65_HS1-834228961_62-HQ-83894_Section_9
Agency: FBI
Page 42
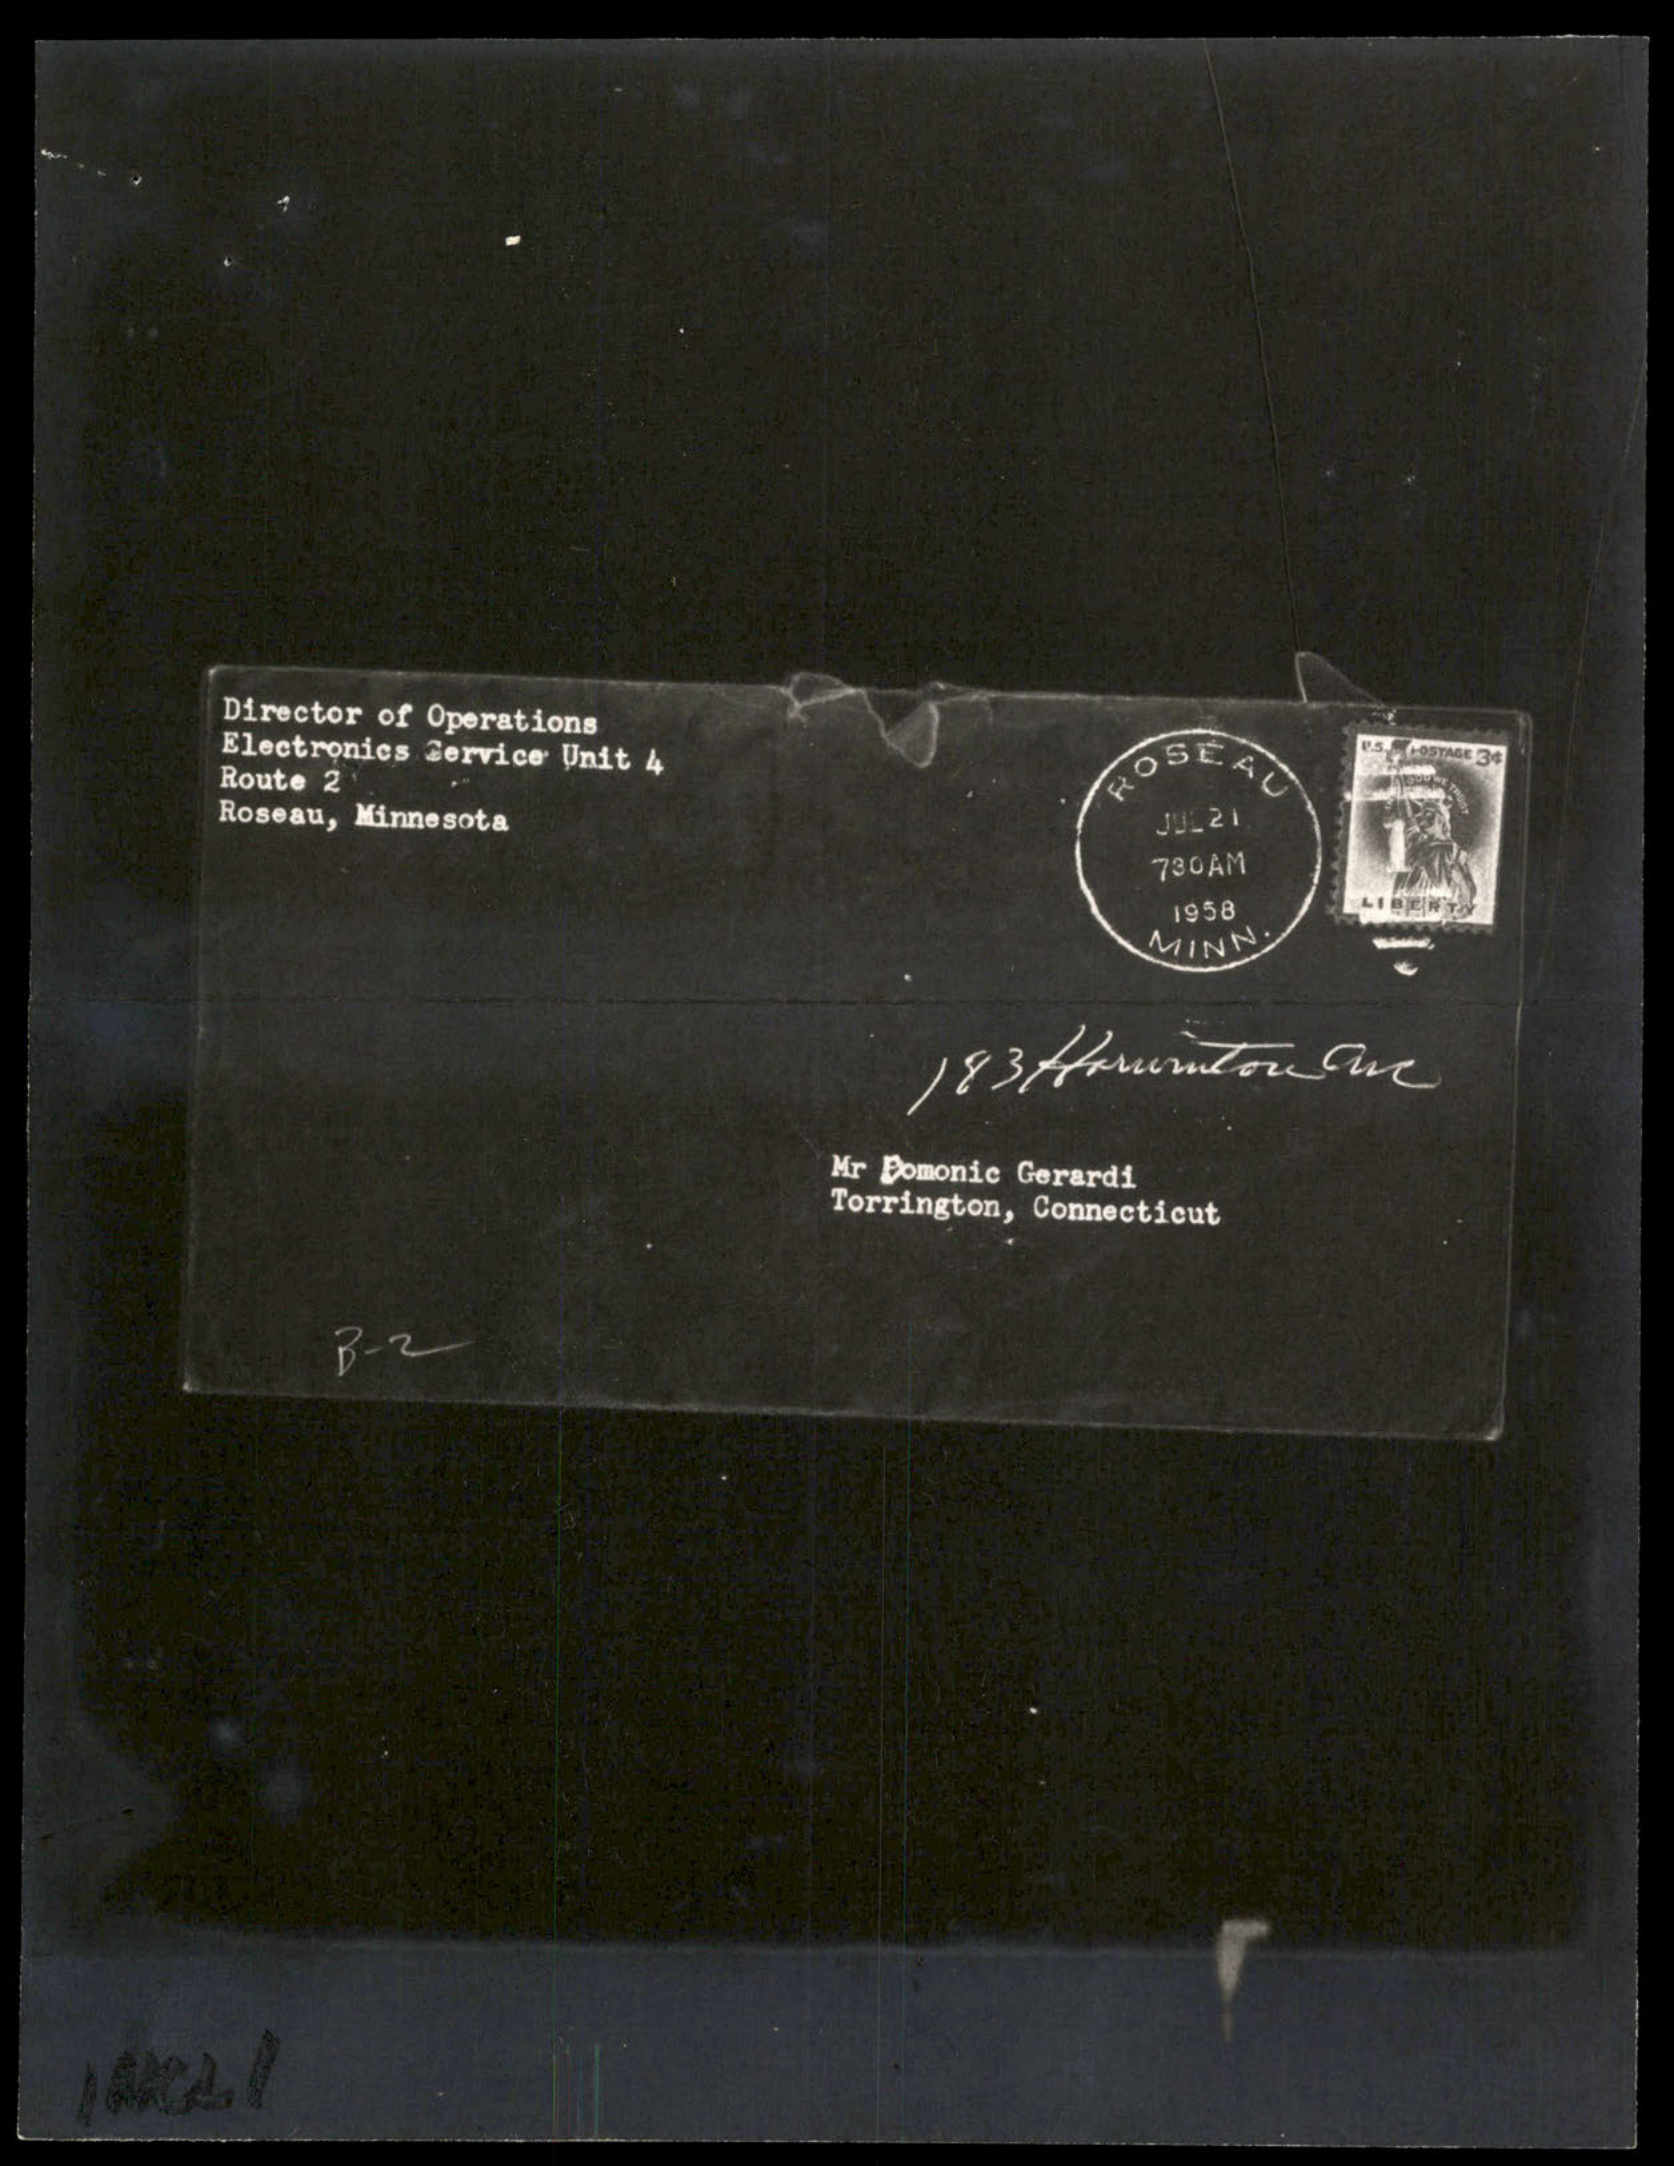